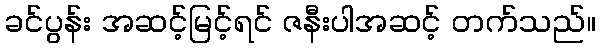
ခင်ပွန်း အဆင့်မြင့်ရင် ဇနီးပါအဆင့် တက်သည်။